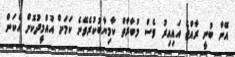
އޭނާ ބުނީ ރާއްޖެ އައިއިރު ވެސް މުބާރާތް ކާމިޔާބުކުރެވޭނެ ކަމަށް އުއްމީދުކޮށް އެކަން